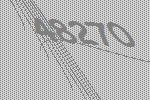
48270